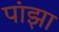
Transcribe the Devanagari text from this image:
पांझा